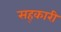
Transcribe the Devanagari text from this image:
सह्कारी